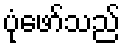
ပုံဖော်သည်